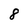
Character: 8